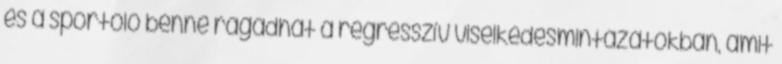
és a sportoló benne ragadhat a regresszív viselkedésmintázatokban, amit